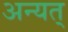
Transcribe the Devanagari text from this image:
अन्यत्